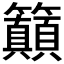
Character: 𱸲